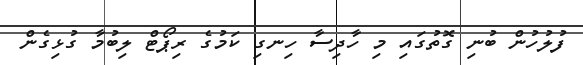
ފުލުހުން ބުނި ގޮތުގައި މި ހާދިސާ ހިނގި ކަމުގެ ރިޕޯޓް ލިބުމާ ގުޅިގެން